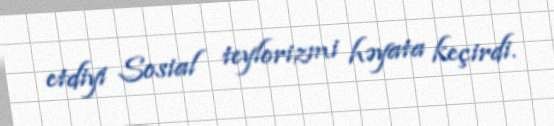
etdiyi Sosial teylorizmi həyata keçirdi.